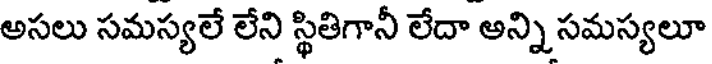
అసలు సమస్యలే లేని స్థితిగానీ లేదా అన్ని సమస్యలూ